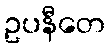
ဥပနီတေ